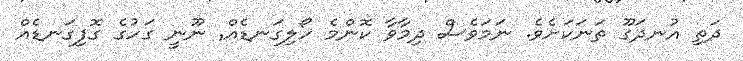
ދަތި އުނދަގޫ ތަނަކަށެވެ. ނަމަވެސް ދިމާވާ ކޮންމެ ހޯލިގަނޑެއް